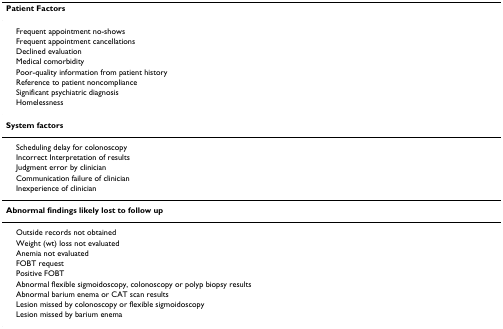
<table><thead><tr><td><b>Patient Factors</b></td></tr></thead><tbody><tr><td> Frequent appointment no-shows</td></tr><tr><td> Frequent appointment cancellations</td></tr><tr><td> Declined evaluation</td></tr><tr><td> Medical comorbidity</td></tr><tr><td> Poor-quality information from patient history</td></tr><tr><td> Reference to patient noncompliance</td></tr><tr><td> Significant psychiatric diagnosis</td></tr><tr><td> Homelessness</td></tr><tr><td><b>System factors</b></td></tr><tr><td> Scheduling delay for colonoscopy</td></tr><tr><td> Incorrect Interpretation of results</td></tr><tr><td> Judgment error by clinician</td></tr><tr><td> Communication failure of clinician</td></tr><tr><td> Inexperience of clinician</td></tr><tr><td><b>Abnormal findings likely lost to follow up</b></td></tr><tr><td> Outside records not obtained</td></tr><tr><td> Weight (wt) loss not evaluated</td></tr><tr><td> Anemia not evaluated</td></tr><tr><td> FOBT request</td></tr><tr><td> Positive FOBT</td></tr><tr><td> Abnormal flexible sigmoidoscopy, colonoscopy or polyp biopsy results</td></tr><tr><td> Abnormal barium enema or CAT scan results</td></tr><tr><td> Lesion missed by colonoscopy or flexible sigmoidoscopy</td></tr><tr><td> Lesion missed by barium enema</td></tr></tbody></table>